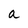
Character: a